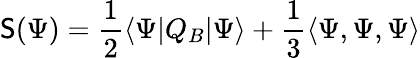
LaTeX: \mathsf{S}(\Psi)={\frac{{1}}{{2}}}\langle\Psi|Q_{B}|\Psi\rangle+{\frac{{1}}{{3}}}\langle\Psi,\Psi,\Psi\rangle